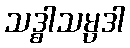
သဒ္ဓါသမ္ပဒါ